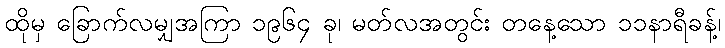
ထိုမှ ခြောက်လမျှအကြာ ၁၉၆၄ ခု၊ မတ်လအတွင်း တနေ့သော ၁၁နာရီခန့်၊